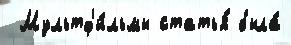
 Мультф'и́льмы статья́ была́